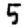
Digit: 5